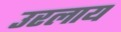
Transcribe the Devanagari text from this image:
उरलाय